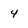
Character: 4